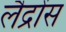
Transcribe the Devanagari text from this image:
लैद्रोंस